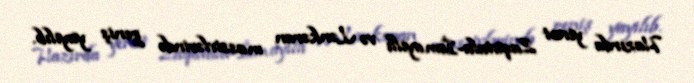
Hazırda yenot Zaqatala-İsmayıllı və Lənkəran massivlərində geniş yayılıb.